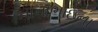
નાનાભાઇના